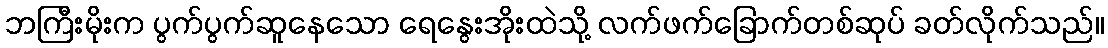
ဘကြီးမိုးက ပွက်ပွက်ဆူနေသော ရေနွေးအိုးထဲသို့ လက်ဖက်ခြောက်တစ်ဆုပ် ခတ်လိုက်သည်။